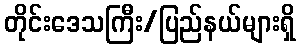
တိုင်းဒေသကြီး/ပြည်နယ်များရှိ